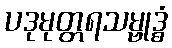
ပဒုမုတ္တရသမ္ဗုဒ္ဓံ